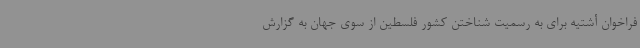
فراخوان أشتیه برای به رسمیت شناختن کشور فلسطین از سوی جهان به گزارش